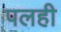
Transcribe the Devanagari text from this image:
पलही